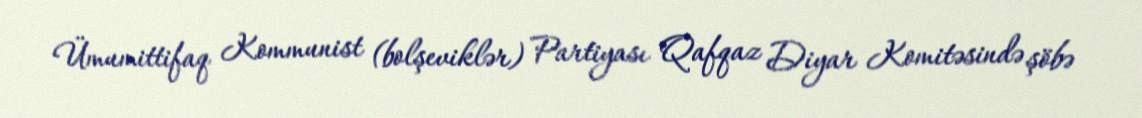
Ümumittifaq Kommunist (bolşeviklər) Partiyası Qafqaz Diyar Komitəsində şöbə